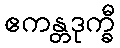
ဧကန္တဒုက္ခီ